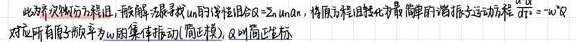
此为单次线性方程组，其解是寻找 \(u\) 的线性组合 \(u = \sum a_{n}u_{n}\)，将原方程转化为求解简单的谐振子运动方程 \(\ddot{q}_{n}+\omega_{n}^{2}q_{n}=0\)，对应所有频率为 \(\omega_{n}\) 的集体振动（简正模）。时间 - 简正坐标